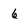
Character: 6